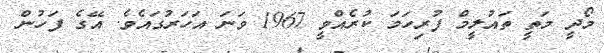
މޯދީ މަތީ ތައުލީމް ފުރިހަމަ ކުރެއްވީ 1967 ވަނަ އަހަރުގައެވެ. އޭގެ ފަހުން